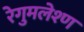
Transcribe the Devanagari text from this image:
रेगुमलेश्ण